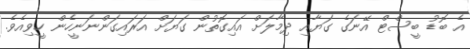
އެ ބޮޑު ބީސްޓް އޭނަގެ ގަޔާއި ދިމާލަށް އައިގޮތުން ގަޔަށް އަރައިގަންނަނީހެން ހީވިއެވެ.